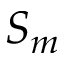
S _ { m }